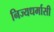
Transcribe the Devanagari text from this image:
निज्यधर्मासी